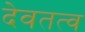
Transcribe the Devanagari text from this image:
देवतत्व